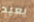
يعيد